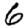
Digit: 6